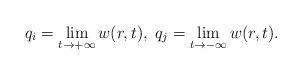
LaTeX: \begin{align*}q_i=\lim_{t\to+\infty}w(r,t),\; q_j=\lim_{t\to-\infty} w(r,t).\end{align*}